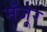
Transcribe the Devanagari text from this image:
मंंजूर